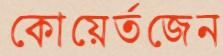
কোয়ের্তজেন